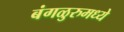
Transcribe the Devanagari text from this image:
बंगळुरुमध्ये